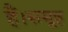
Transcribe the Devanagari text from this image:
हैं।समूह